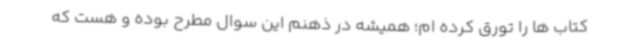
کتاب ها را تورق کرده ام؛ همیشه در ذهنم این سوال مطرح بوده و هست که